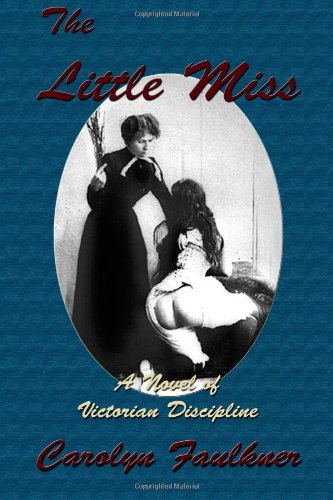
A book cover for The Little Miss Books 1-4; Carolyn Faulkner; Romance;